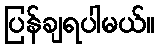
ပြန်ချရပါမယ်။